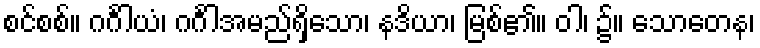
စင်စစ်။ ဂင်္ဂါယံ၊ ဂင်္ဂါအမည်ရှိသော၊ နဒိယာ၊ မြစ်၏။ ဝါ၊ ၌။ သောတေန၊